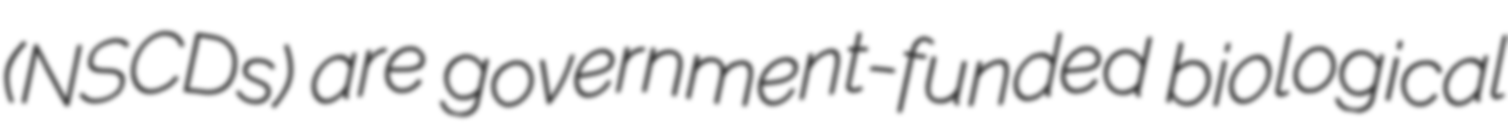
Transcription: (NSCDs) are government-funded biological